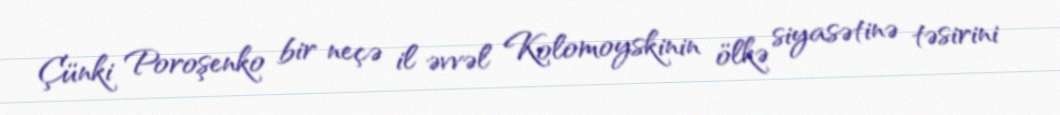
Çünki Poroşenko bir neçə il əvvəl Kolomoyskinin ölkə siyasətinə təsirini